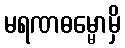
မရဏဓမ္မောမှိ